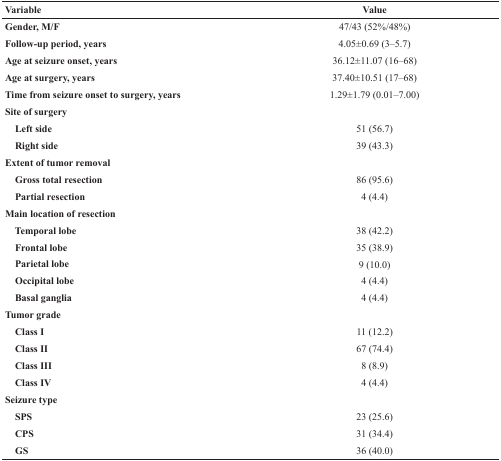
| Variable | Value |
 | --- | --- |
 | Gender, M/F | 47/43 (52%/48%) |
 | Follow-up period, years | 4.05±0.69 (3–5.7) |
 | Age at seizure onset, years | 36.12±11.07 (16–68) |
 | Age at surgery, years | 37.40±10.51 (17–68) |
 | Time from seizure onset to surgery, years | 1.29±1.79 (0.01–7.00) |
 | Site of surgery |  |
 | Left side | 51 (56.7) |
 | Right side | 39 (43.3) |
 | Extent of tumor removal |  |
 | Gross total resection | 86 (95.6) |
 | Partial resection | 4 (4.4) |
 | Main location of resection |  |
 | Temporal lobe | 38 (42.2) |
 | Frontal lobe | 35 (38.9) |
 | Parietal lobe | 9 (10.0) |
 | Occipital lobe | 4 (4.4) |
 | Basal ganglia | 4 (4.4) |
 | Tumor grade |  |
 | Class I | 11 (12.2) |
 | Class II | 67 (74.4) |
 | Class III | 8 (8.9) |
 | Class IV | 4 (4.4) |
 | Seizure type |  |
 | SPS | 23 (25.6) |
 | CPS | 31 (34.4) |
 | GS | 36 (40.0) |